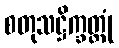
စတုသဋ္ဌိက္ခတ္တုံ